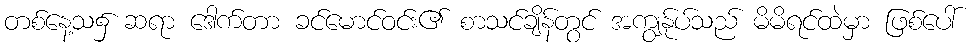
တစ်နေ့သ၌ ဆရာ ဒေါက်တာ ခင်မောင်ဝင်း၏ စာသင်ချိန်တွင် အကျွန်ုပ်သည် မိမိရင်ထဲမှာ ဖြစ်ပေါ်